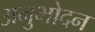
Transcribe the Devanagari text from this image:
अनुभोदन